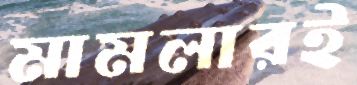
মামলারই